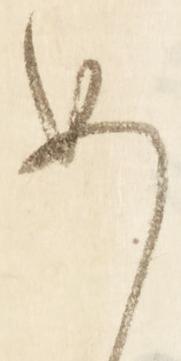
め